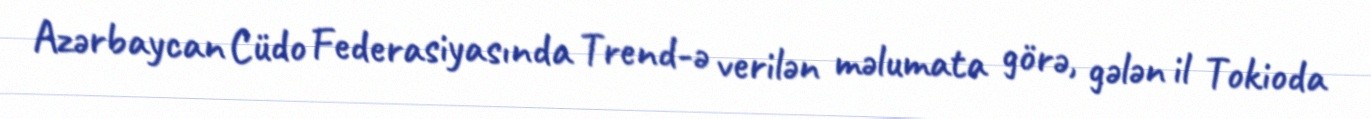
Azərbaycan Cüdo Federasiyasında Trend-ə verilən məlumata görə, gələn il Tokioda